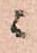
ニ